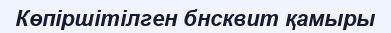
Көпіршітілген бнсквит қамыры